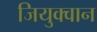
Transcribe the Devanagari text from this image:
जियुक्वान